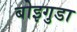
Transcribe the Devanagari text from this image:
बोइगुडा